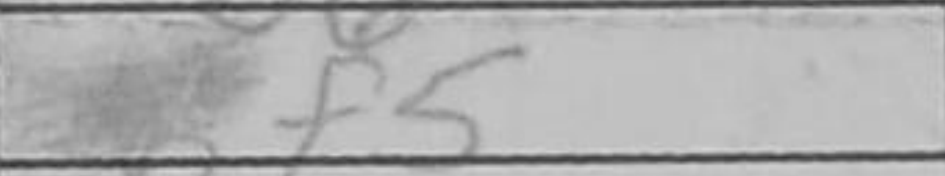
Transcription: Bf5